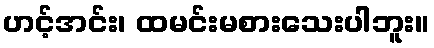
ဟင့်အင်း၊ ထမင်းမစားသေးပါဘူး။